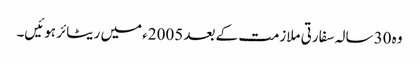
وہ 30 سالہ سفارتی ملازمت کے بعد 2005ء میں ریٹائر ہوئیں۔